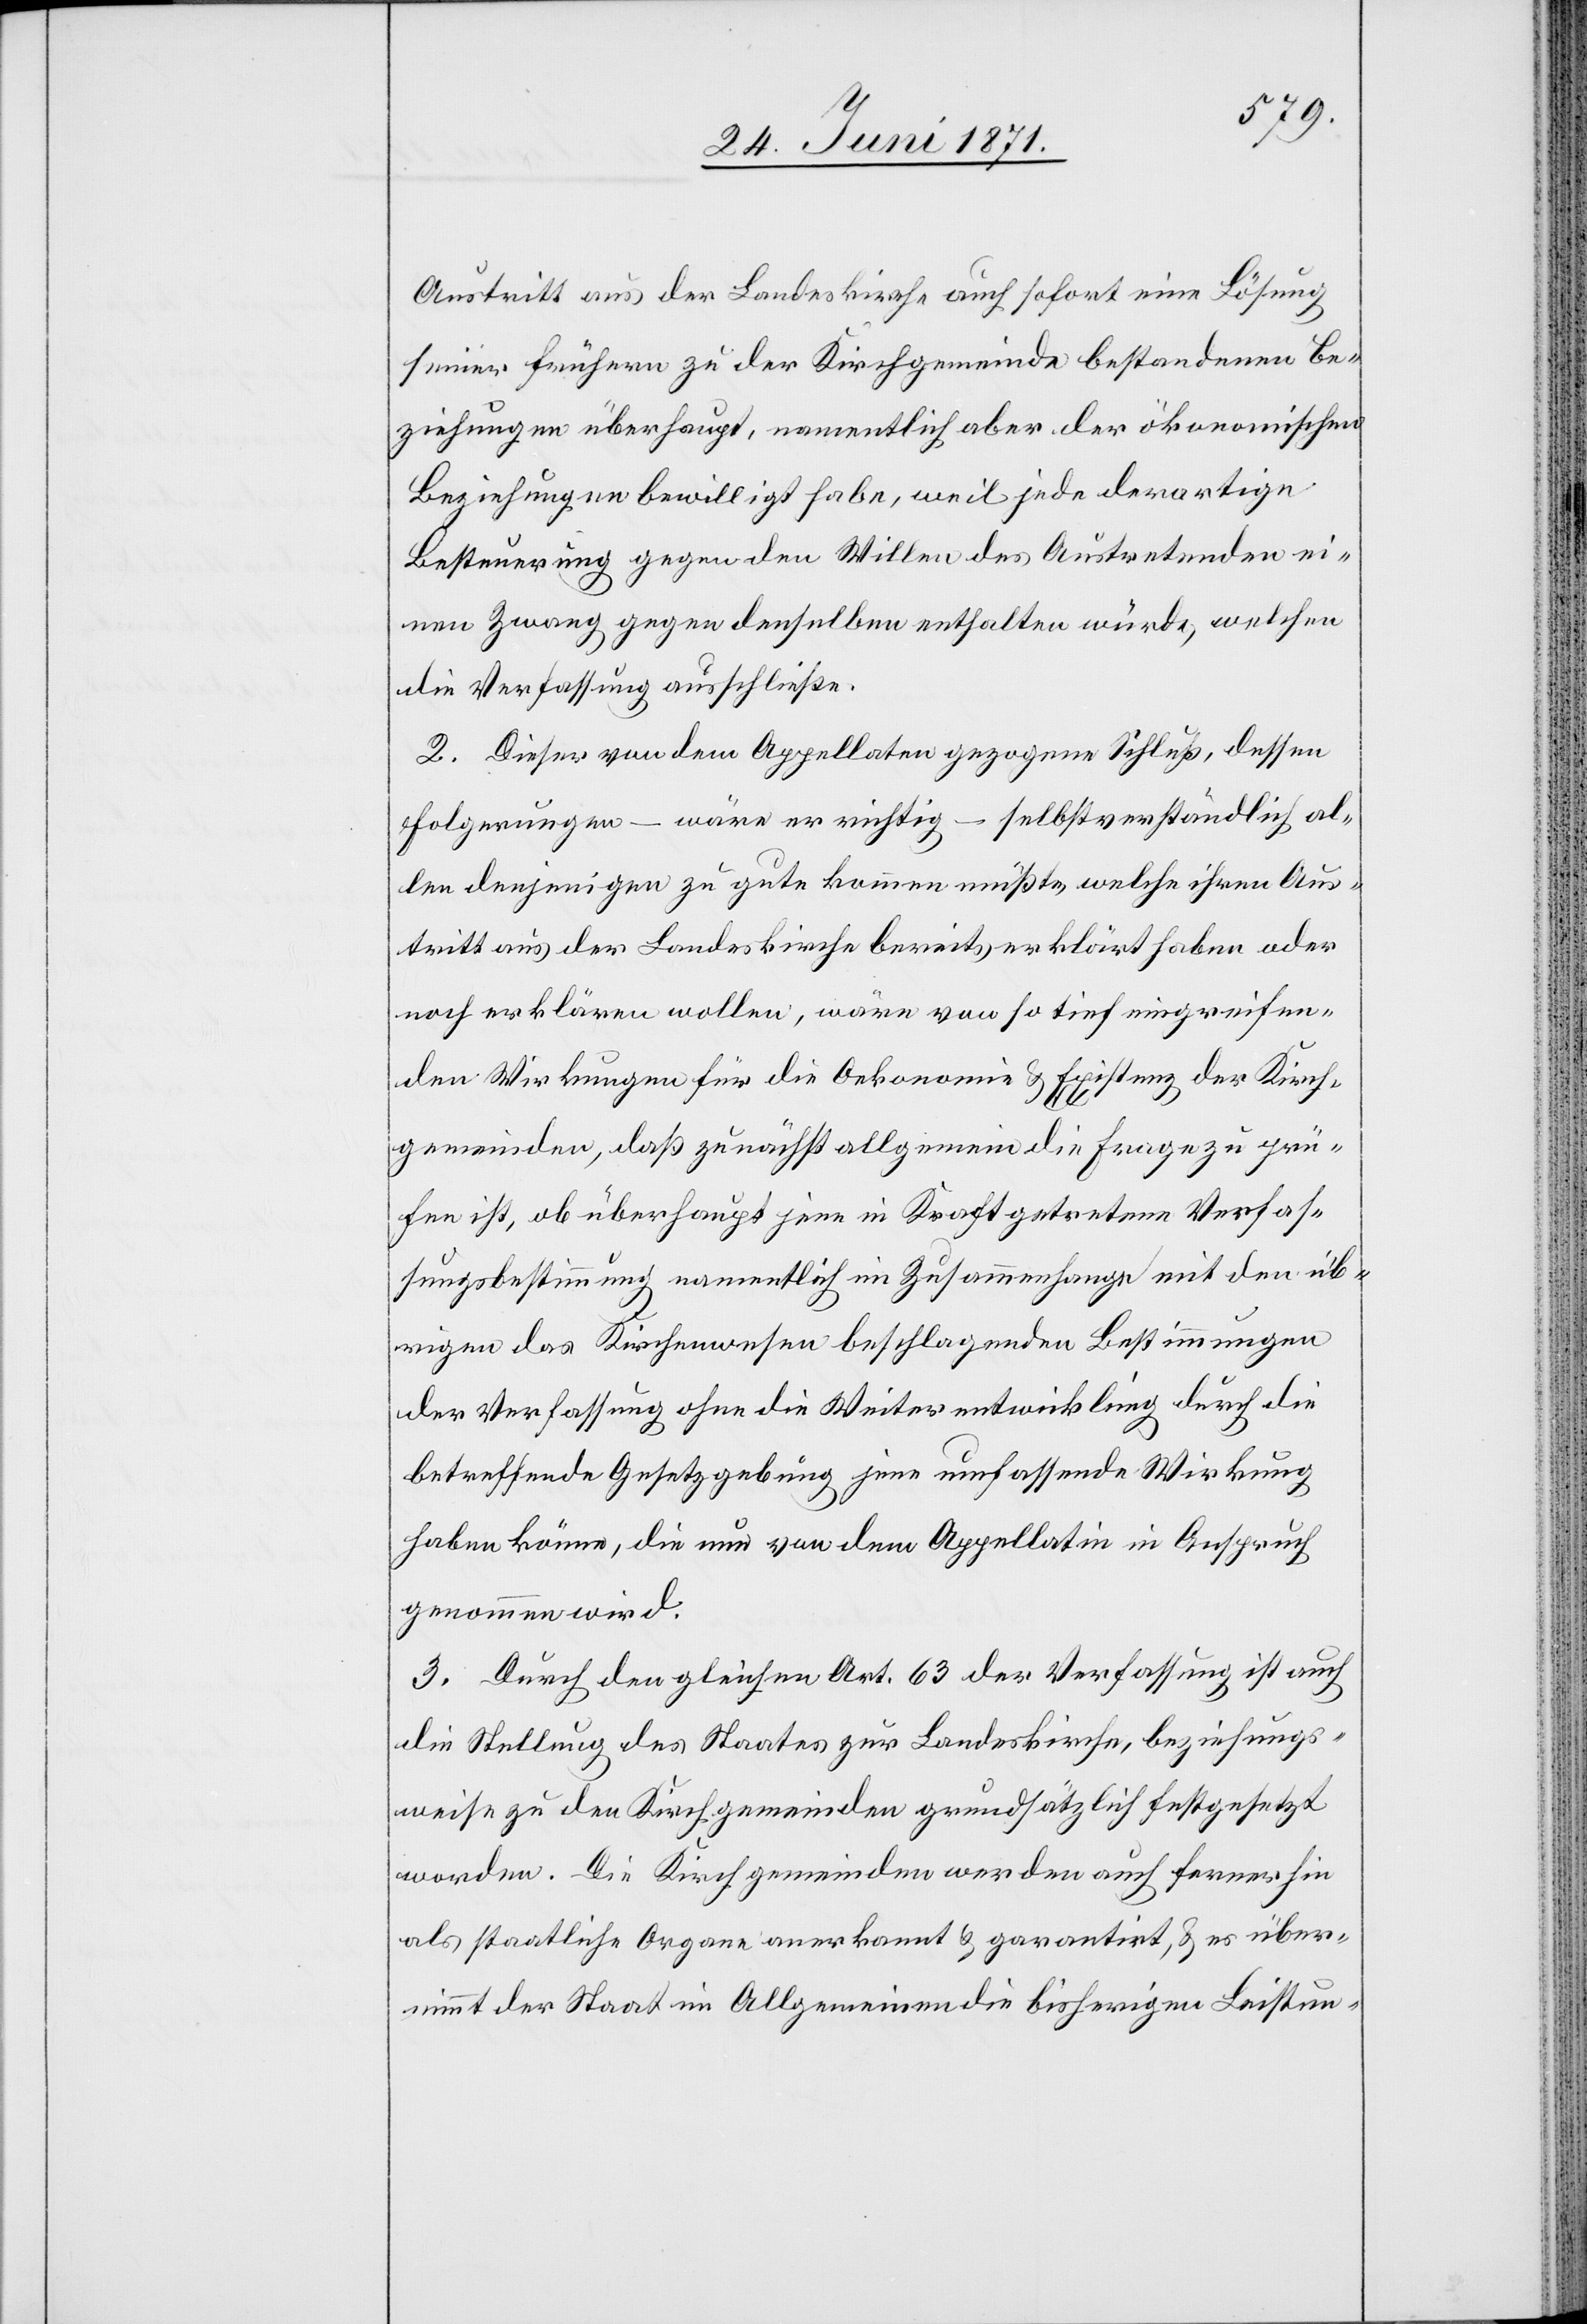
Austritt aus der Landeskirche auch sofort eine Lösung
seiner frühern zu der Kirchgemeinde bestandenen Be¬
ziehungen überhaupt, namentlich aber der ökonomischen
Beziehungen bewilligt habe, weil jede derartige
Besteuerung gegen den Willen des Austretenden ei¬
nen Zwang gegen denselben enthalten würde, welchen
die Verfassung ausschließe.
2. Dieser von dem Appellaten gezogene Schluß, dessen
Folgerungen – wäre er richtig – selbstverständlich al¬
len denjenigen zu gute kommen müßte, welche ihren Aus¬
tritt aus der Landeskirche bereits erklärt haben oder
noch erklären wollen, wäre von so tief eingreifen¬
den Wirkungen für die Oekonomie u. Existenz der Kirch¬
gemeinden, daß zunächst allgemein die Frage zu prü¬
fen ist, ob überhaupt jene in Kraft getretene Verfas¬
sungsbestimmung namentlich im Zusammenhange mit den üb¬
rigen das Kirchenwesen beschlagenden Bestimmungen
der Verfassung ohne die Weiterentwicklung durch die
betreffende Gesetzgebung jene umfassende Wirkung
haben könne, die nun von dem Appellatin [sic!] in Anspruch
genommen wird.
3. Durch den gleichen Art. 63 der Verfassung ist auch
die Stellung des Staates zur Landeskirche, beziehungs¬
weise zu den Kirchgemeinden grundsätzlich festgesetzt
worden. Die Kirchgemeinden werden auch fernerhin
als staatliche Organe anerkannt u. garantirt, u. es über¬
nimmt der Staat im Allgemeinen die bisherigen Leistun-